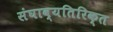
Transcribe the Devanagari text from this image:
संघाव्यतिरिक्त